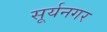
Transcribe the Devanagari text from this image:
सूर्यनगर